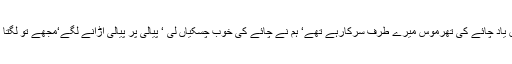
چائے کا اشتیاق راستے میں ہی تھا اور میرے قریب بیٹھے اشتیاق یاد چائے کی تھرموس میرے طرف سرکارہے تھے‘ ہم نے چائے کی خوب چسکیاں لی ‘ پیالی پر پیالی اڑانے لگے‘مجھے تو لگتا ہے کہ میں چائے کے بغیر جنت بھی جانے پر راضی نہ ہوجاوں۔